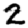
Digit: 2